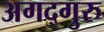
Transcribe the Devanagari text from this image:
अगद्गुरु